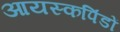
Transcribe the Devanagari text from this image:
आयस्कपिंडों